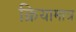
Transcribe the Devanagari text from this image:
क्रियामात्र